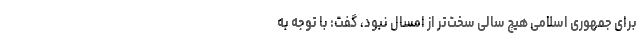
برای جمهوری اسلامی هیچ سالی سخت‌تر از امسال نبود، گفت: با توجه به